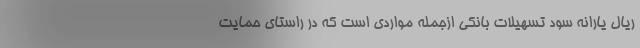
ریال یارانه سود تسهیلات بانکی ازجمله مواردی است که در راستای حمایت